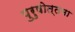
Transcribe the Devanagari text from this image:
पुरुषोत्तमा